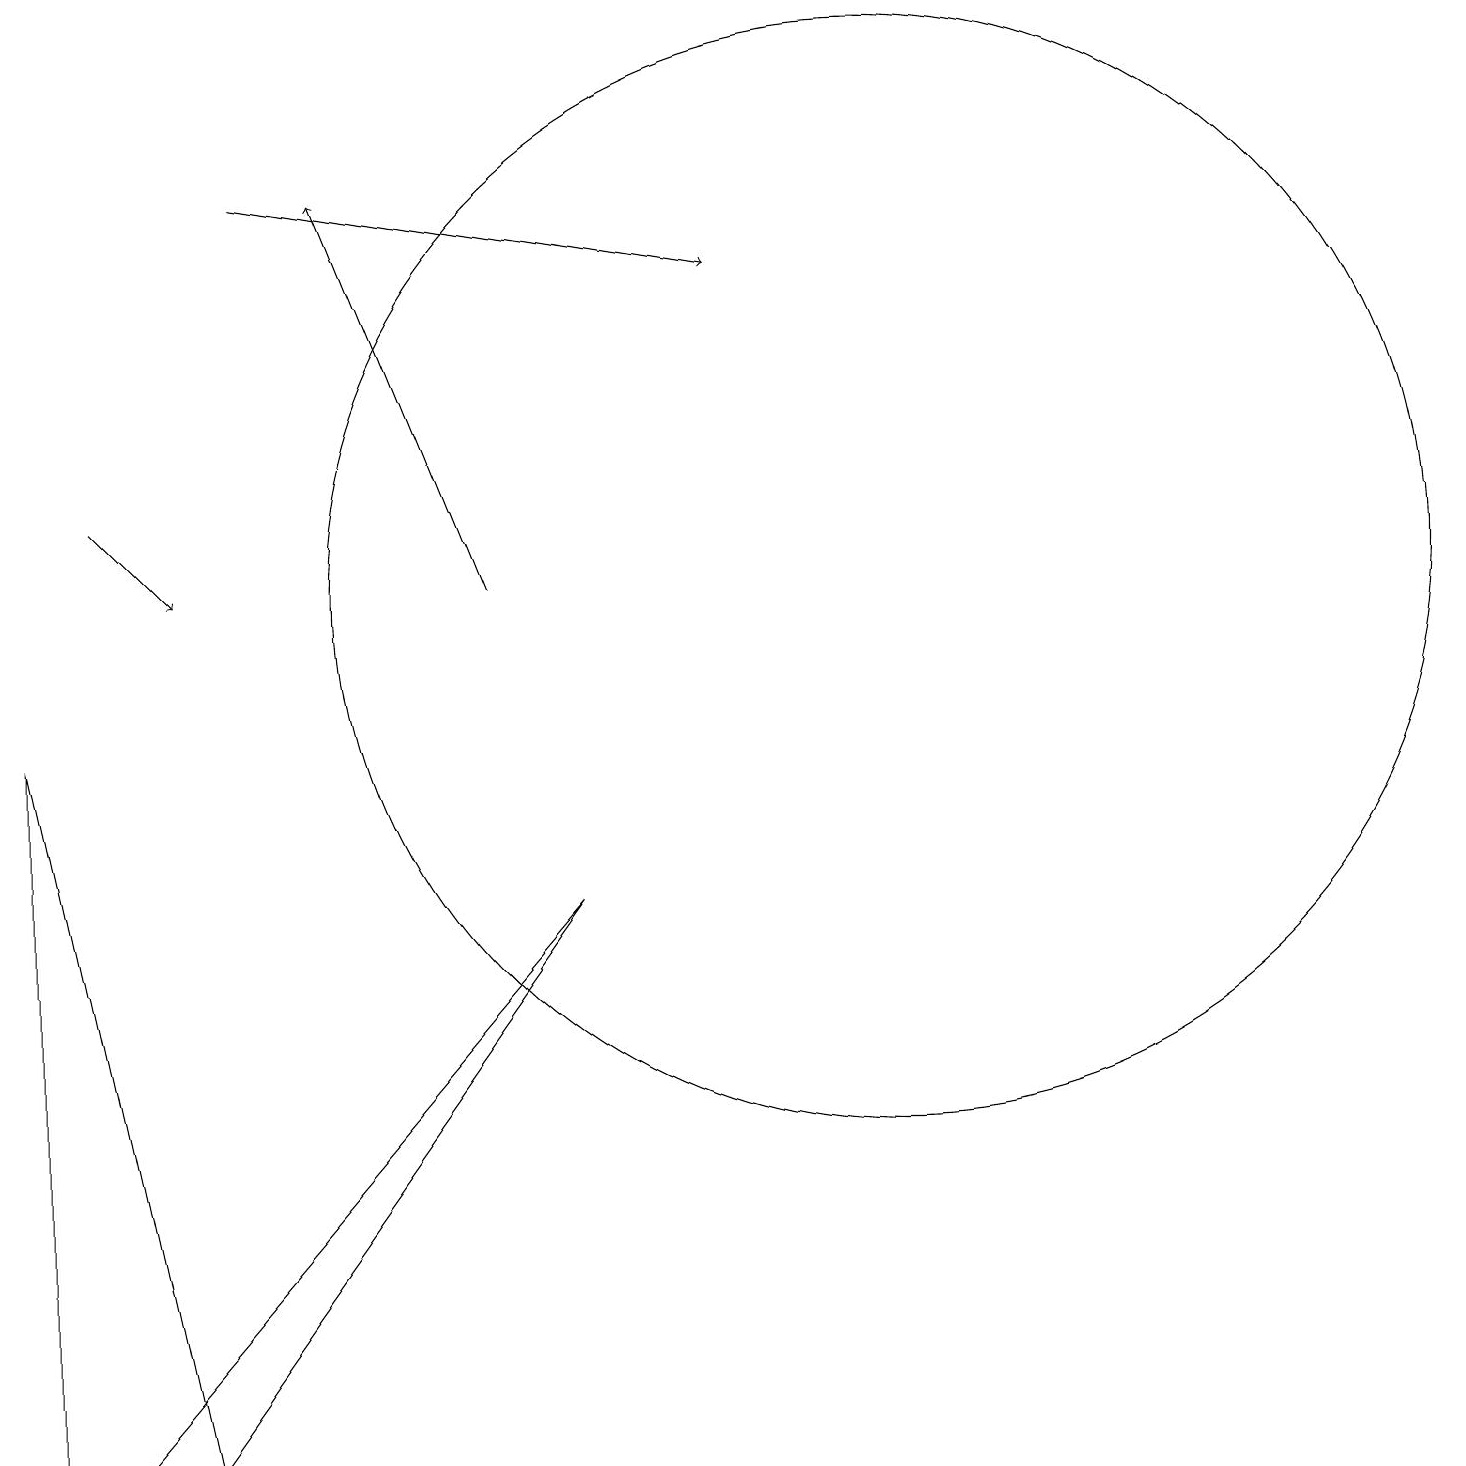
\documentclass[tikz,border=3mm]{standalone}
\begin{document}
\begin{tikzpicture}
\draw (1,0) -- (2,0) -- (7,7) -- cycle;
\draw (0,9) -- (2,0) -- (0,0) -- cycle;
\draw[->] (6,11) -- (4,16);
\draw[->] (1,12) -- (2,11);
\draw (11,10) circle (0);
\draw[->] (3,16) -- (9,15);
\draw (11,11) circle (7);
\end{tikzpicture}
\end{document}